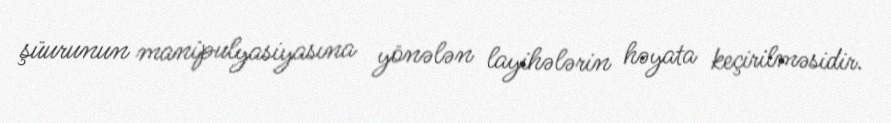
şüurunun manipulyasiyasına yönələn layihələrin həyata keçirilməsidir.